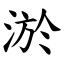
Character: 淤